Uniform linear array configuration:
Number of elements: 64
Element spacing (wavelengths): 1
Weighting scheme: blackman
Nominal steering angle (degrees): -60
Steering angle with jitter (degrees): -61.615
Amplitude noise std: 0.05
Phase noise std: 0.05

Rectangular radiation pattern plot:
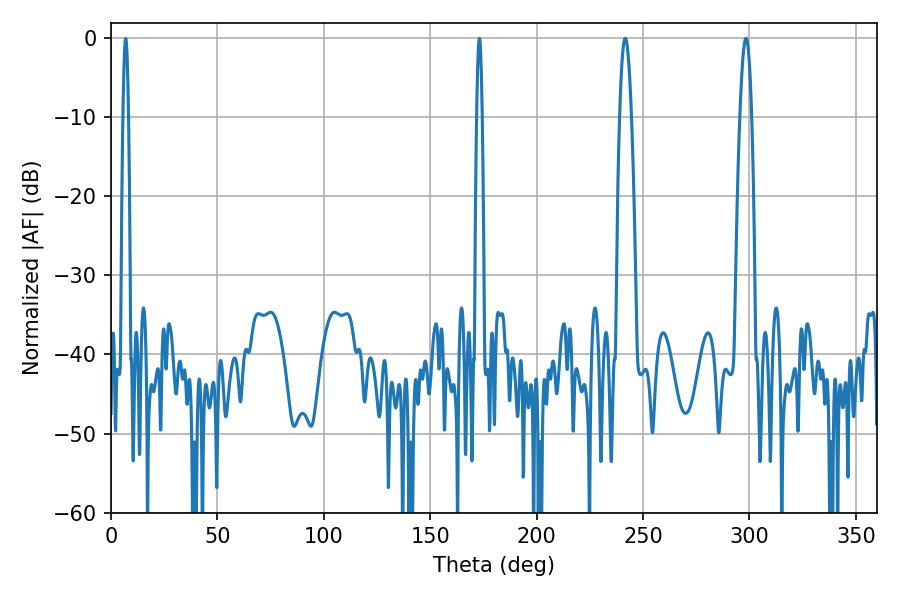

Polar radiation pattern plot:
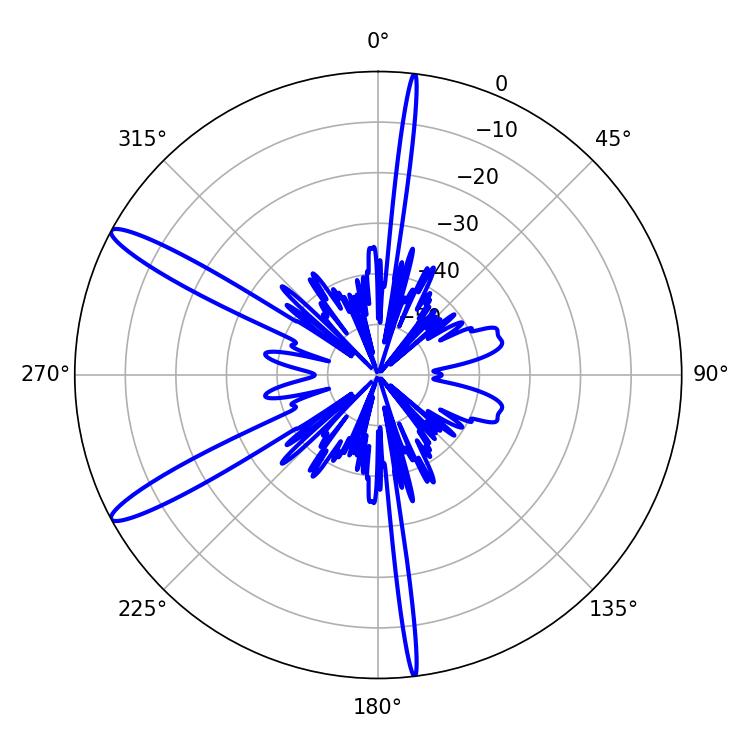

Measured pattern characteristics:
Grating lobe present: TRUE
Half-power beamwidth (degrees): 3.06
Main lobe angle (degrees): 241.56